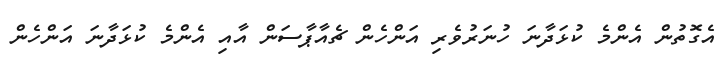
އެގޮތުން އެންމެ ކުޅަދާނަ ހުނަރުވެރި އަންހެން ޗެއާޕާސަން އާއި އެންމެ ކުޅަދާނަ އަންހެން